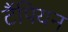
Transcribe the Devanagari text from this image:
टैंपियन